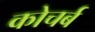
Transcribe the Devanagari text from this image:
कोचर्ब